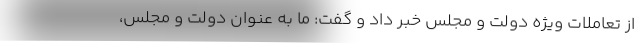
از تعاملات ویژه دولت و مجلس خبر داد و گفت: ما به عنوان دولت و مجلس،